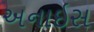
અનાઇસ